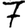
Digit: 7